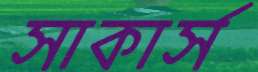
সাকার্স